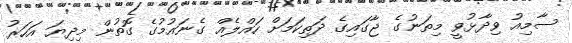
ސާމިއު ވިދާޅުވީ މިތަނުގެ ޖާގައިގެ ދަތިކަމަށް ހައްލެއް ގެނައުމުގެ ގޮތުން މިދިޔަ އަހަރު